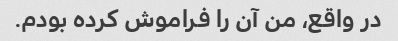
در واقع، من آن را فراموش کرده بودم.